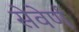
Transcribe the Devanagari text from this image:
सेवेर्ण